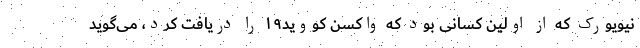
نیویورک که از اولین کسانی بود که واکسن کووید۱۹ را دریافت کرد، می‌گوید